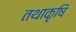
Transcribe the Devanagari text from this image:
तथाकृषि